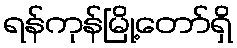
ရန်ကုန်မြို့တော်ရှိ